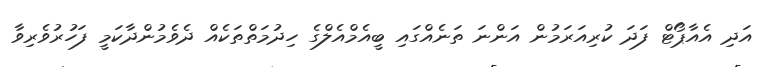
އަދި އެއާޕޯޓް ފަދަ ކުރިއަރަމުން އަންނަ ތަނެއްގައި ބީއެމްއެލްގެ ހިދުމަތްތަކެއް ދެވެމުންދާކަމީ ފަހުރުވެރިވާ